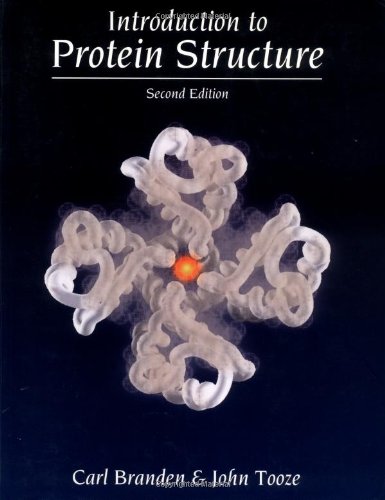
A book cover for Introduction to Protein Structure; Carl Branden; Medical Books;